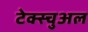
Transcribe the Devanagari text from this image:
टेक्स्चुअल